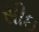
સીઇ